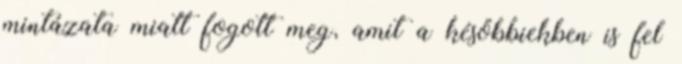
mintázata miatt fogott meg, amit a későbbiekben is fel